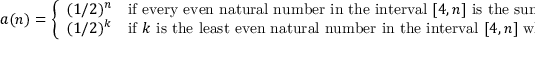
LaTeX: a ( n ) = { \left\{ \begin{array} { l l } { ( 1 / 2 ) ^ { n } } & { { \mathrm { i f ~ e v e r y ~ e v e n ~ n a t u r a l ~ n u m b e r ~ i n ~ t h e ~ i n t e r v a l ~ } } [ 4 , n ] { \mathrm { ~ i s ~ t h e ~ s u m ~ o f ~ t w o ~ p r i m e s } } , } \\ { ( 1 / 2 ) ^ { k } } & { { \mathrm { i f ~ } } k { \mathrm { ~ i s ~ t h e ~ l e a s t ~ e v e n ~ n a t u r a l ~ n u m b e r ~ i n ~ t h e ~ i n t e r v a l ~ } } [ 4 , n ] { \mathrm { ~ w h i c h ~ i s ~ n o t ~ t h e ~ s u m ~ o f ~ t w o ~ p r i m e s } } } \end{array} \right. }